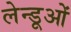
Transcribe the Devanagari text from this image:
लेन्डूओं